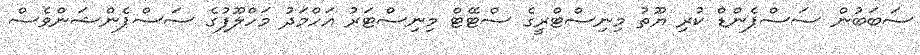
ސަބަބުން ސަސްޕެންޑް ކުރި ޔޫތު މިނިސްޓްރީގެ ސްޓޭޓް މިނިސްޓަރު އަހްމަދު މަހްލޫފުގެ ސަސްޕެންޝަންވެސް